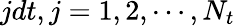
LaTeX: jdt,j=1,2,\cdots,N_{t}